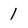
Character: 1